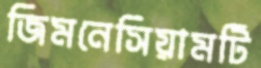
জিমনেসিয়ামটি